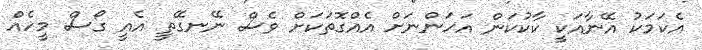
އެކަމަކު އޭނާއަކީ ކާކުކަން އަހަންނަށް އެއްގޮތަކަށް ވެސް ނޭނގޭތީ އެއީ ގޯސް މީހެއް